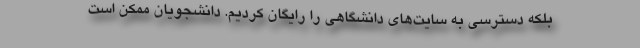
بلکه دسترسی به سایت‌های دانشگاهی را رایگان کردیم. دانشجویان ممکن است